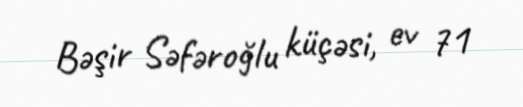
Bəşir Səfəroğlu küçəsi, ev 71